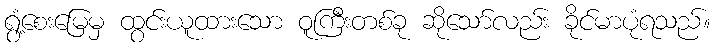
ရွံ့စေးမြေမှ ထွင်းယူထားသော ဝူကြီးတစ်ခု ဆိုသော်လည်း ခိုင်မာပုံရသည်။